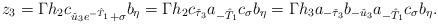
LaTeX: \begin{align*} z_3=\Gamma h_2 c_{\check u_3 e^{-\hat T_1}+\sigma}b_{\eta} =\Gamma h_2 c_{\check \tau_3} a_{-\hat T_1} c_\sigma b_\eta =\Gamma h_3a_{-\check \tau_3}b_{-\check u_3}a_{-\hat T_1}c_\sigma b_\eta. \end{align*}